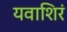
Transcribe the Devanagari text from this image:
यवाशिरं